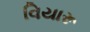
વિયારૂ